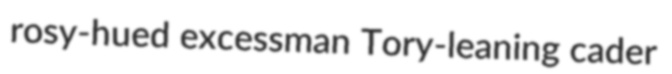
rosy-hued excessman Tory-leaning cader